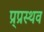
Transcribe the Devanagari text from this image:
प्र्प्रस्थव